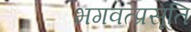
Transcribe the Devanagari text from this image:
भगवत्प्रसूति